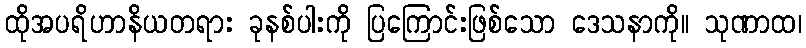
ထိုအပရိဟာနိယတရား ခုနစ်ပါးကို ပြကြောင်းဖြစ်သော ဒေသနာကို။ သုဏာထ၊